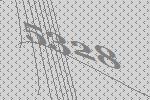
5328